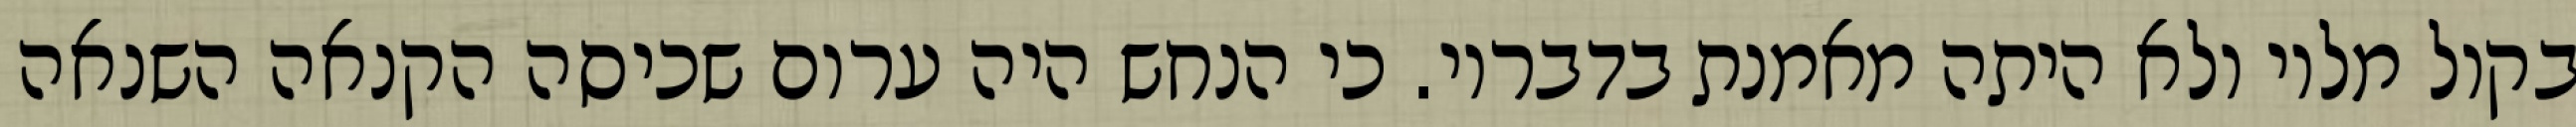
בקול מליו ולא היתה מאמנת בדבריו. כי הנחש היה ערום שכיסה הקנאה השנאה